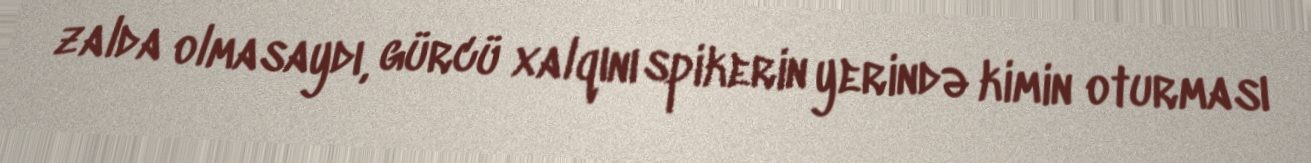
zalda olmasaydı, gürcü xalqını spikerin yerində kimin oturması